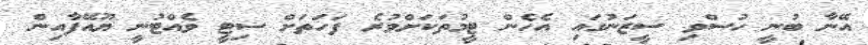
އޭނާ ބުނީ ހުސްވި ސީޒަނުގައި އެހެން ޓީމުތަކަށްވުރެ ފަހަތަށް ސިޓީ ވެއްޓުނީ ޔޫއޭފާއިން